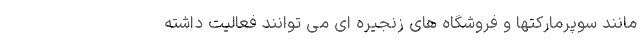
مانند سوپرمارکتها و فروشگاه های زنجیره ای می توانند فعالیت داشته